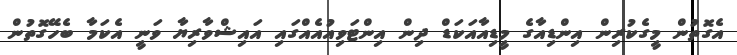
އެގޮތުން މީގެކުރިން އިންޑިއާގެ މީޑިއާއަކަޑް ދިން އިންޓަވިއުއެއްގައި އައިޝްވާރިޔާ ވަނީ އެކަމާ ބެހޭގޮތުން